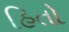
હિતો